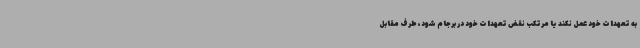
به تعهدات خود عمل نکند یا مرتکب نقض تعهدات خود در برجام شود، طرف مقابل